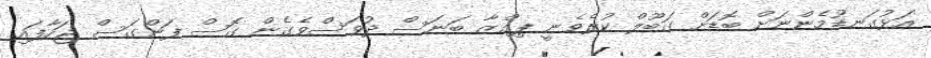
އަޅުގަނޑުމެންނަށް ބޮޑަށް ގަބޫލް ކުރެވެނީ ޕިއްޒާ ބަނަސް ދުވަސްވެގެން ގޮސް ފަންގަސް ޖަހާފައި